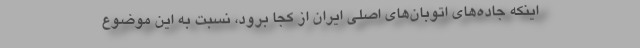
اینکه جاده‌های اتوبان‌های اصلی ایران از کجا برود، نسبت به این موضوع